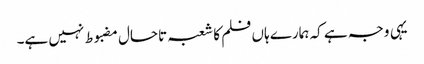
یہی وجہ ہے کہ ہمارے ہاں فلم کا شعبہ تاحال مضبوط نہیں ہے۔